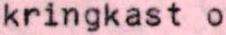
kringkast o